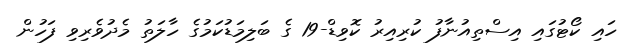
ހައި ކޯޓުގައި އިސްތިއުނާފު ކުރިއިރު ކޮވިޑް-19 ގެ ބަލިމަޑުކަމުގެ ހާލަތު މެދުވެރިވި ފަހުން